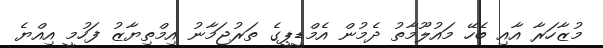
މުޒާހަރާ އާއި ބެހޭ މައުލޫމާތު ދެމުން އެމްޑީޕީގެ ތަރުޖަމާނު އިމްތިޔާޒު ފަހުމީ އިއްޔެ